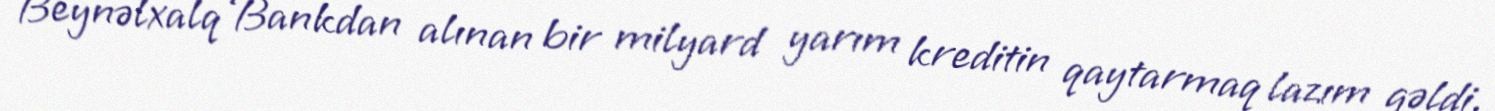
Beynəlxalq Bankdan alınan bir milyard yarım kreditin qaytarmaq lazım gəldi,